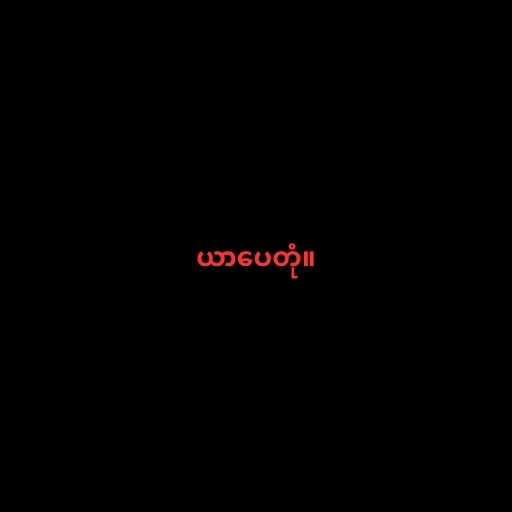
ယာပေတုံ။